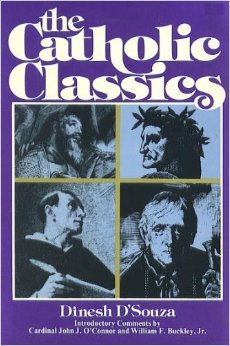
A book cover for The Catholic Classics; Dinesh D'Souza; Christian Books & Bibles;